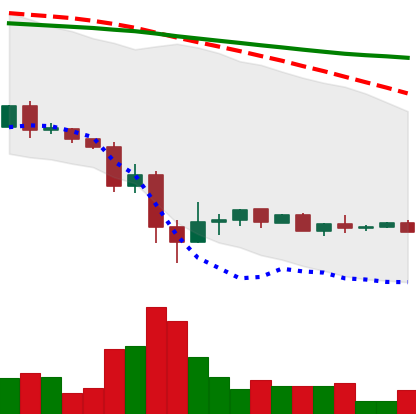
Ticker: XRP-USD
Chart end date: 2022-05-23
Forward return: -4.534%
Label: down_3_5